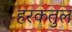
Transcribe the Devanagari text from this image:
हरकतुल